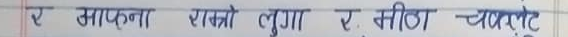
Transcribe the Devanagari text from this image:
ए आउनुस् राम्रो लुगा र मीठा चल्ते